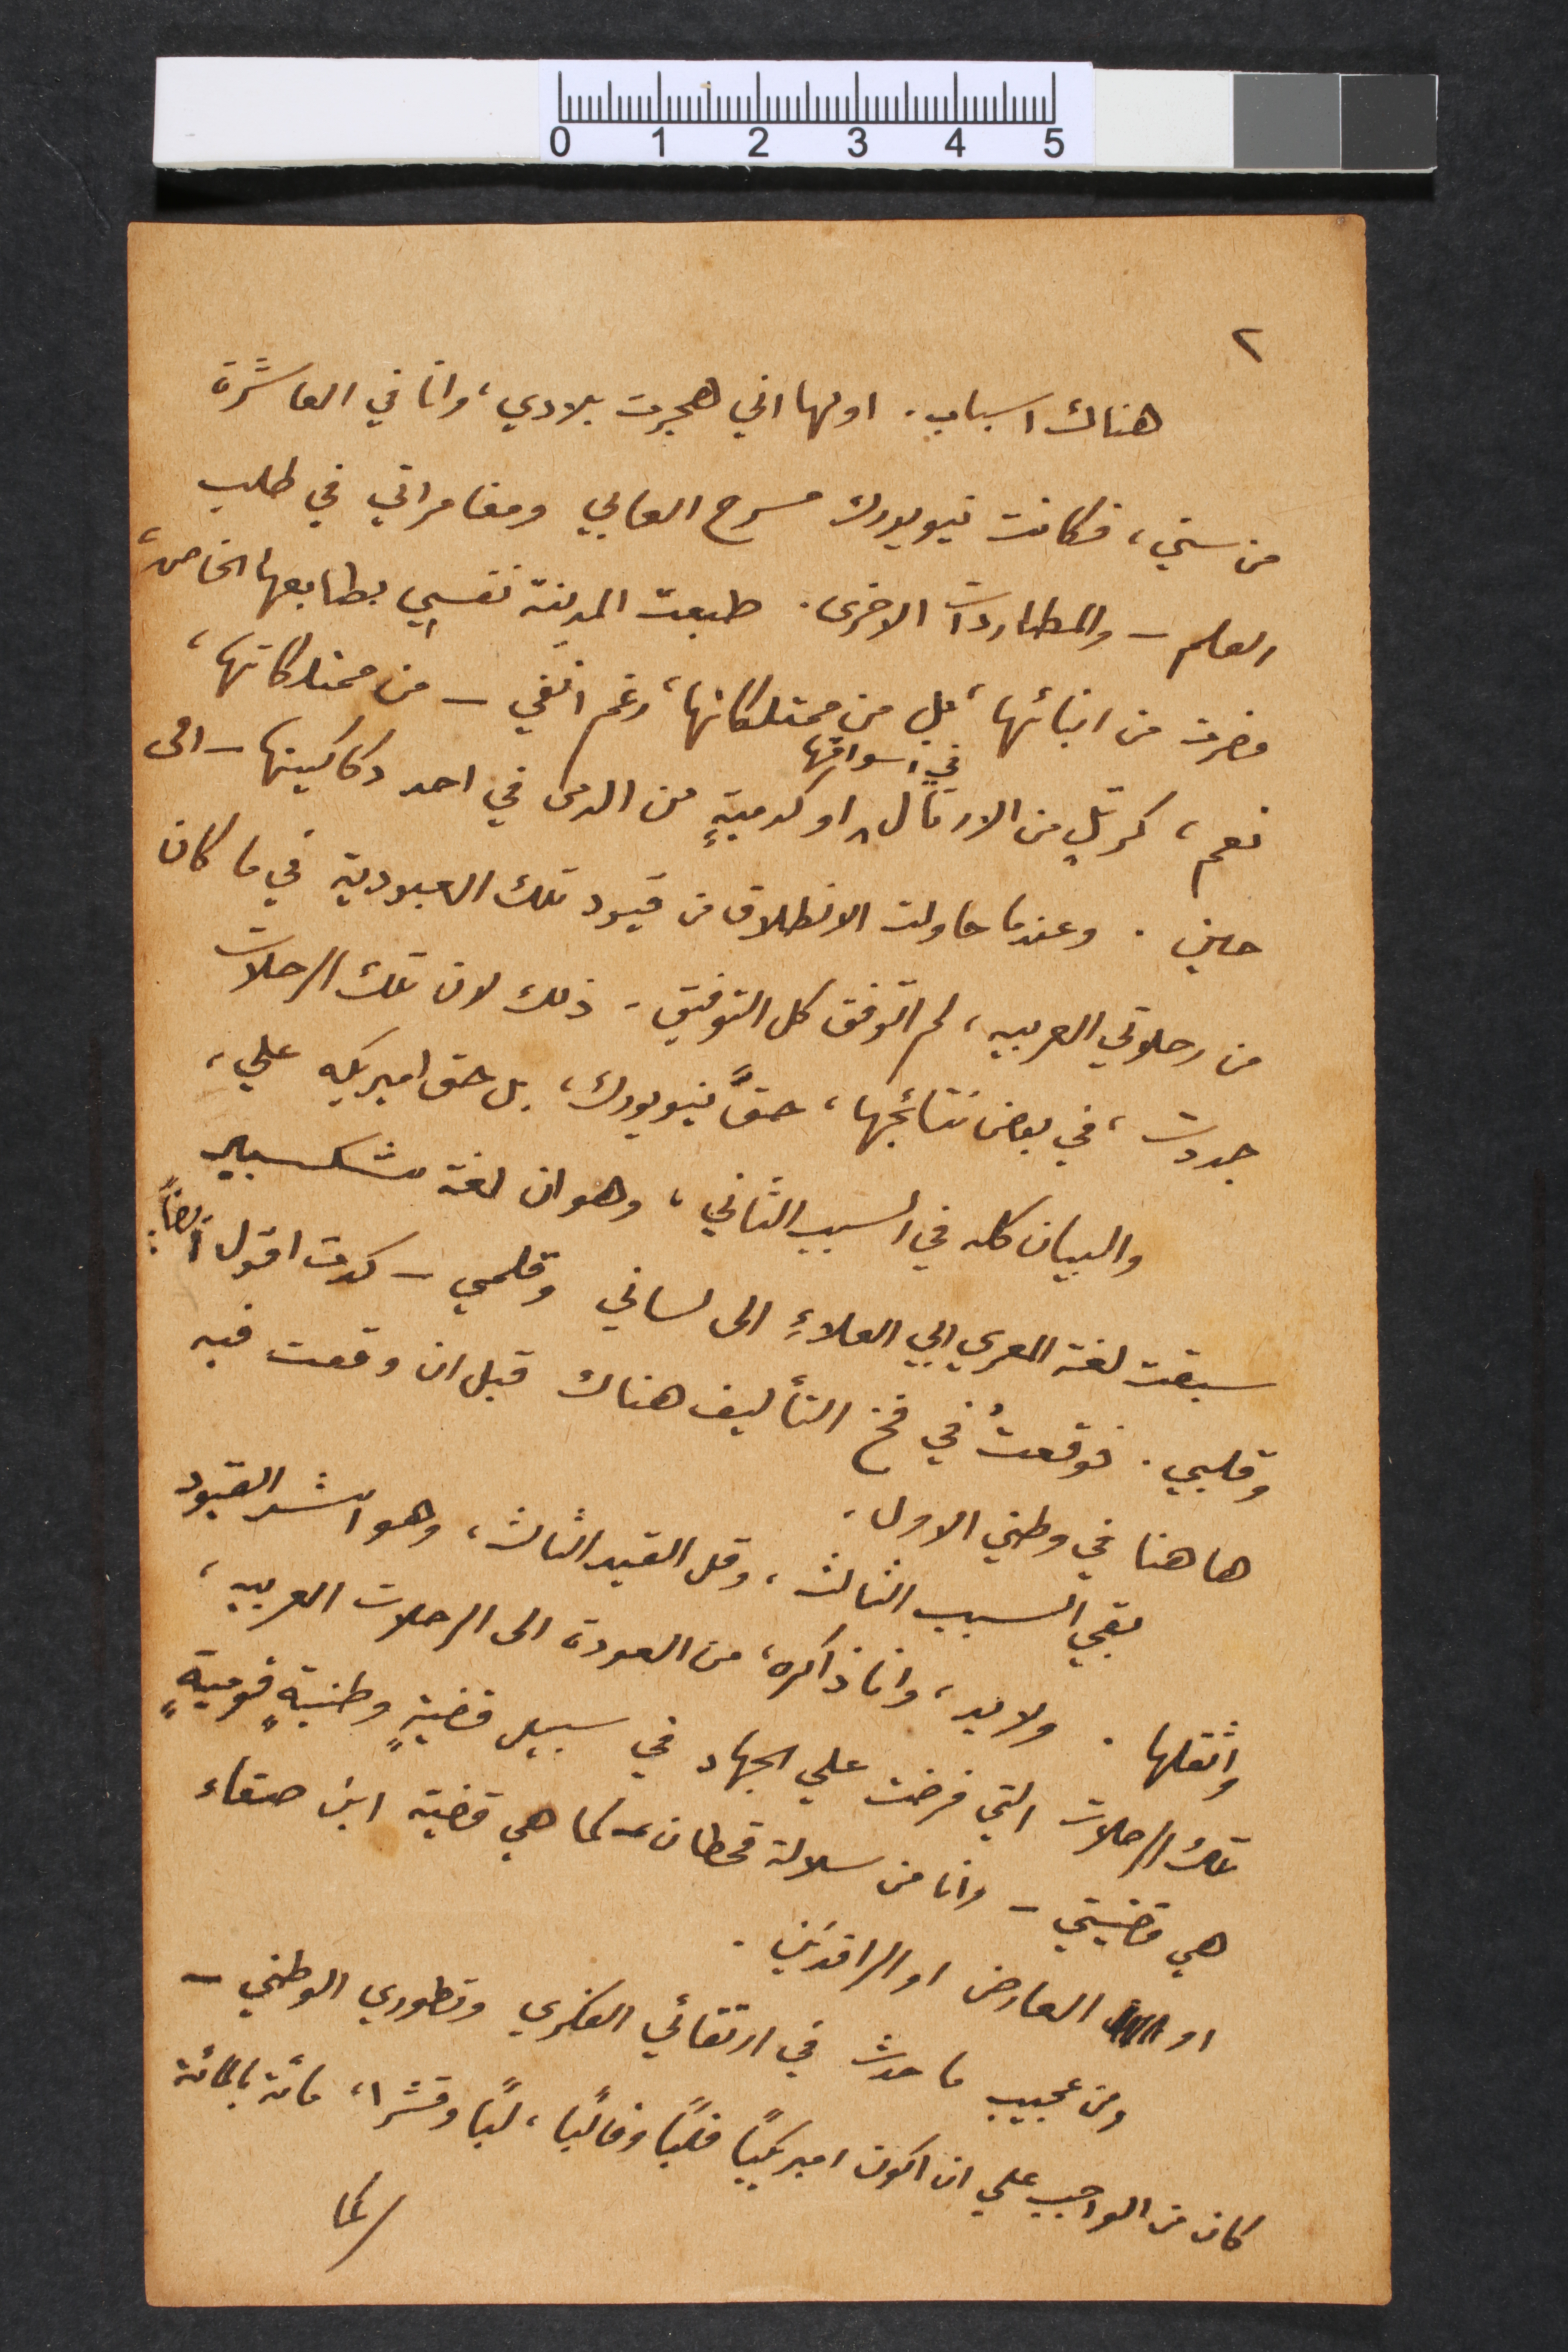
٢
هناك اسباب. اولها اني هجرت بلادي، وانا في العاشرة
من سني، فكانت نيويورك مسرح العابي ومغامراتي في طلب
العلم – والمطاردات الاخرى. طبعت المدينة نفسِي بطابعها الخاص،
فصرت من ابنائها، بل من ممتلكاتها، رغم انفي – من ممتلكاتها،
نعم، كرتلٍ من الارتال في أسواقها او كدميةٍ من الدمى في احد دكاكينها – الى
حين. وعندما حاولت الانطلاق من قيود تلك العبودية في ما كان
من رحلاتي العربيه، لم اتوفق كل التوفيق – ذلك لان تلك الرحلات
جددت، في بعض نتائجها، حقَّ نيويورك، بل حق اميريكه علي،
والبيان كله في السبب الثاني، وهو ان لغة شكسبير
سبقت لغة المعري ابي العلاءِ الى لساني وقلمي – كدت اقول ايضاً:
وقلبي. فوقعتُ في فخ التأليف هناك قبل ان وقعت فيه
ها هنا في وطني الاول.
بقي السبب الثالث، وقل القيد الثالث، وهو اشد القيود
واثقلها. ولا بد، وانا ذاكره، من العودة الى الرحلات العربيه،
تلك الرحلات التي فرضت علي الجهاد في سبيل قضيةٍ وطنيةٍ قوميةٍ
هي قضيتي – وانا من سلالة قحطان – كما هي قضية ابن صنعاء
او العارض او الرافدَين.
ومن عجيب ما حدث في ارتقائي الفكري وتطوري الوطني –
كان من الواجب علي ان اكون اميريكياً قلباً وقالباً، لباً وقشرا، مائة بالمائة
كما